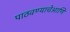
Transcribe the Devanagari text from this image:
पाठवण्याचेआणि